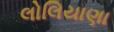
લોલિયાણા